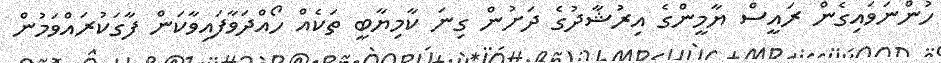
ހުންނަވައިގެން ރައީސް ޔާމީންގެ އިރުޝާދުގެ ދަށުން ގިނަ ކާމިޔާބީ ތަކެއް ހޯއްދަވާފައިވާކަން ފާގަކުރައްވަމުން